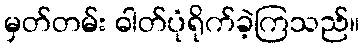
မှတ်တမ်း ဓါတ်ပုံရိုက်ခဲ့ကြသည်။